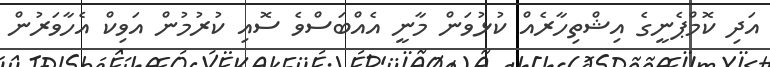
އަދި ކޮމްޕެނީގެ އިޝްތިހާރެއް ކުޅުވަން މާނީ އެއްބަސްވެ ސޮއި ކުރުމުން އަވިކް އެހާވަރުން